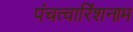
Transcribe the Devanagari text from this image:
पंचत्वारिंशनाम